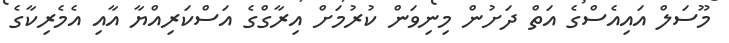
މޫސަލް އައިއެސްގެ އަތް ދަށުން މިނިވަން ކުރުމަށް އިރާގްގެ އަސްކަރިއްޔާ އާއި އެމެރިކާގެ